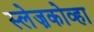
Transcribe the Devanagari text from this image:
स्लेज़कोव्हा